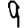
Digit: 9